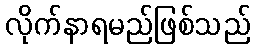
လိုက်နာရမည်ဖြစ်သည်